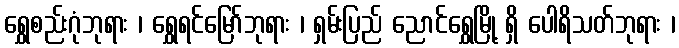
ရွှေစည်းဂုံဘုရား ၊ ရွှေရင်မြော်ဘုရား ၊ ရှမ်းပြည် ညောင်ရွှေမြို့ ရှိ ပေါရိသတ်ဘုရား ၊